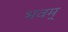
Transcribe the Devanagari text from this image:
भवम्